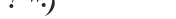
٥٨